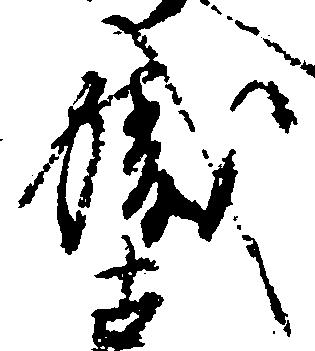
職